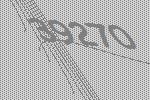
39270